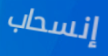
إنسحاب